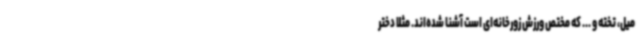
میل، تخته و ... که مختص ورزش زورخانه‌ای است آشنا شده‌اند. مثلا دختر